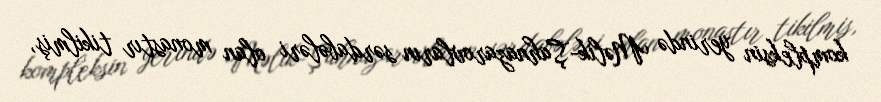
kompleksin yerində Məlik-Şahnazarovların sərdabələri olan monastır tikilmiş,